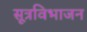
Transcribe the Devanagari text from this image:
सूत्रविभाजन